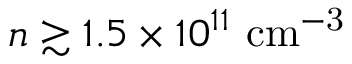
n \gtrsim 1 . 5 \times 1 0 ^ { 1 1 } ~ \mathrm { c m ^ { - 3 } }